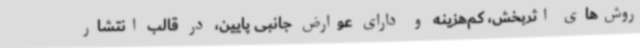
روش‌های اثربخش، کم‌هزینه و دارای عوارض جانبی پایین، در قالب انتشار